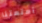
أمتعتنا